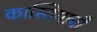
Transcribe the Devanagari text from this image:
कास्तियाची